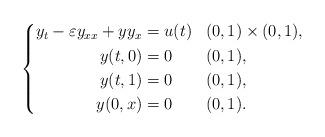
LaTeX: \begin{align*} \left\{ \begin{aligned} y_t - \varepsilon y_{xx} + y y_x & = u(t) && (0,1) \times (0,1), \\ y(t,0) &= 0 && (0,1), \\ y(t,1) &= 0 && (0,1), \\ y(0,x) &= 0 && (0,1). \end{aligned} \right.\end{align*}